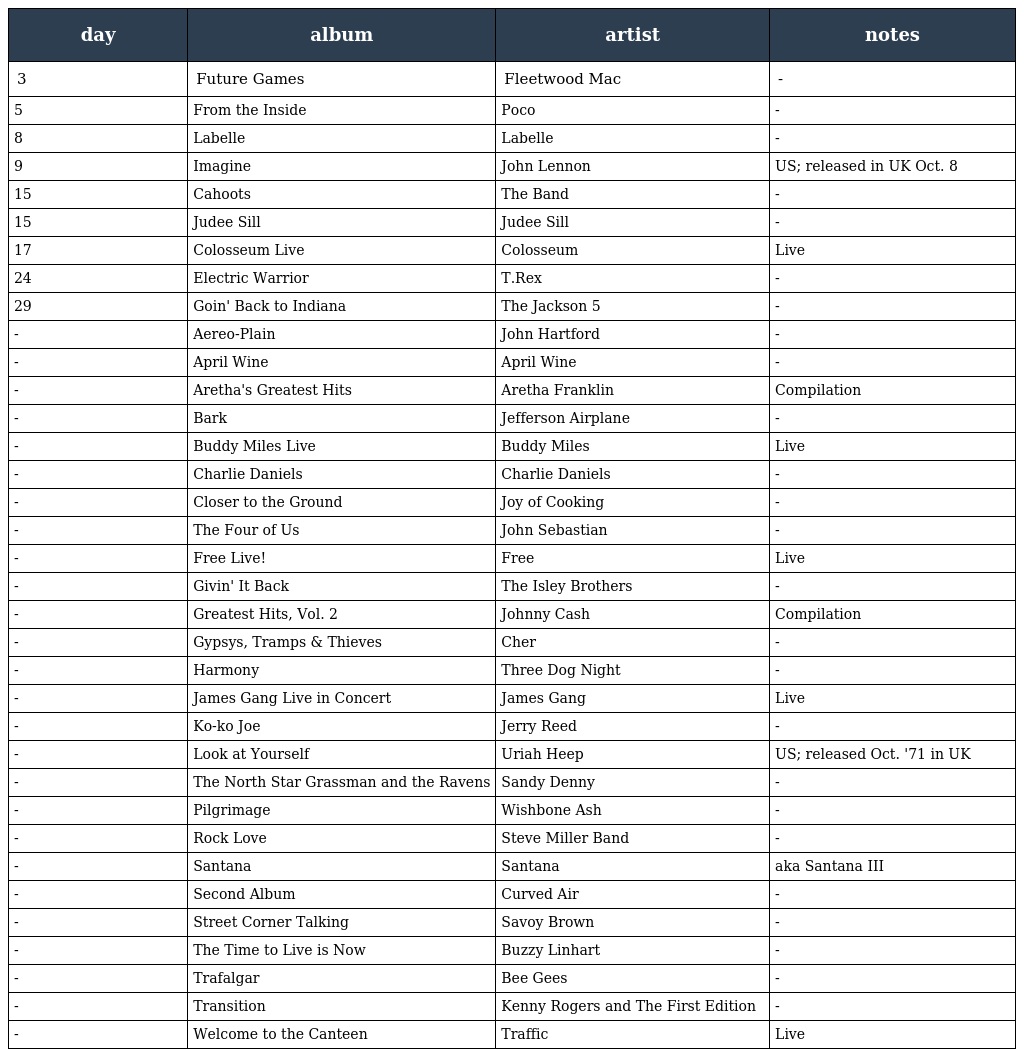
| day | album | artist | notes |
 | --- | --- | --- | --- |
 | 3 | Future Games | Fleetwood Mac | - |
 | 5 | From the Inside | Poco | - |
 | 8 | Labelle | Labelle | - |
 | 9 | Imagine | John Lennon | US; released in UK Oct. 8 |
 | 15 | Cahoots | The Band | - |
 | 15 | Judee Sill | Judee Sill | - |
 | 17 | Colosseum Live | Colosseum | Live |
 | 24 | Electric Warrior | T.Rex | - |
 | 29 | Goin' Back to Indiana | The Jackson 5 | - |
 | - | Aereo-Plain | John Hartford | - |
 | - | April Wine | April Wine | - |
 | - | Aretha's Greatest Hits | Aretha Franklin | Compilation |
 | - | Bark | Jefferson Airplane | - |
 | - | Buddy Miles Live | Buddy Miles | Live |
 | - | Charlie Daniels | Charlie Daniels | - |
 | - | Closer to the Ground | Joy of Cooking | - |
 | - | The Four of Us | John Sebastian | - |
 | - | Free Live! | Free | Live |
 | - | Givin' It Back | The Isley Brothers | - |
 | - | Greatest Hits, Vol. 2 | Johnny Cash | Compilation |
 | - | Gypsys, Tramps & Thieves | Cher | - |
 | - | Harmony | Three Dog Night | - |
 | - | James Gang Live in Concert | James Gang | Live |
 | - | Ko-ko Joe | Jerry Reed | - |
 | - | Look at Yourself | Uriah Heep | US; released Oct. '71 in UK |
 | - | The North Star Grassman and the Ravens | Sandy Denny | - |
 | - | Pilgrimage | Wishbone Ash | - |
 | - | Rock Love | Steve Miller Band | - |
 | - | Santana | Santana | aka Santana III |
 | - | Second Album | Curved Air | - |
 | - | Street Corner Talking | Savoy Brown | - |
 | - | The Time to Live is Now | Buzzy Linhart | - |
 | - | Trafalgar | Bee Gees | - |
 | - | Transition | Kenny Rogers and The First Edition | - |
 | - | Welcome to the Canteen | Traffic | Live |